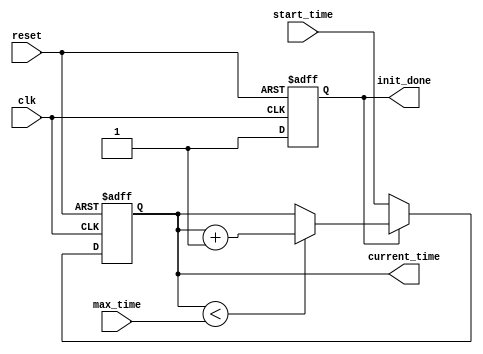
module simulation_time_init (
    input wire clk,               // Clock signal
    input wire reset,             // Reset signal
    input wire [31:0] start_time, // Initial time value
    input wire [31:0] max_time,   // Maximum simulation time
    output reg [31:0] current_time, // Current simulation time
    output reg init_done          // Initialization done flag
);

    // Internal state variable
    reg [31:0] time_counter;       // Counter for time progression
    
    // Initialization block
    initial begin
        current_time = 32'd0;      // Initialize current_time to 0
        init_done = 1'b0;          // Initialization not done
        time_counter = 32'd0;      // Initialize time_counter to 0
    end

    // Main simulation time control
    always @(posedge clk or posedge reset) begin
        if (reset) begin
            current_time <= 32'd0;  // Reset current_time to 0
            init_done <= 1'b0;      // Reset initialization flag
            time_counter <= 32'd0;  // Reset time_counter to 0
        end else begin
            if (!init_done) begin
                // Set current_time to start_time on initialization
                current_time <= start_time;
                init_done <= 1'b1;  // Mark initialization as done
            end else begin
                // Increment current_time monotonously until max_time is reached
                if (current_time < max_time) begin
                    current_time <= current_time + 1; // Increment current_time
                end
            end
        end
    end

    // Debugging and monitoring
    always @(posedge clk) begin
        if (init_done) begin
            // Monitor current_time for debugging purposes
            $display("Current Time: %d", current_time);
        end
    end

endmodule